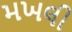
મખલી